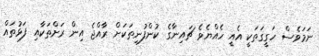
ނަމަވެސް ހަގީގަތަކީ އެއީ ހެއްޔެވެ ޗައިނާގެ ކުންފުނިތަކަށް ރާއްޖެ އިން ރަށްތަކާއި ފަޅުތައް